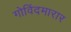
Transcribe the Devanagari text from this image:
गोविंदमारार